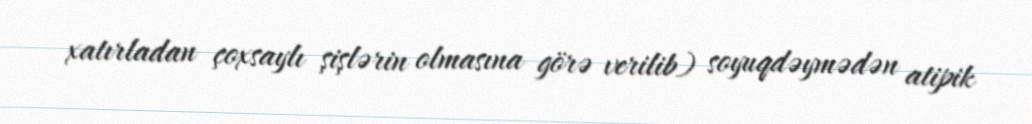
xatırladan çoxsaylı şişlərin olmasına görə verilib) soyuqdəymədən atipik